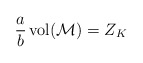
\begin{align*}\frac{a}{b}\,{\rm vol}({\cal M})=Z_K\end{align*}